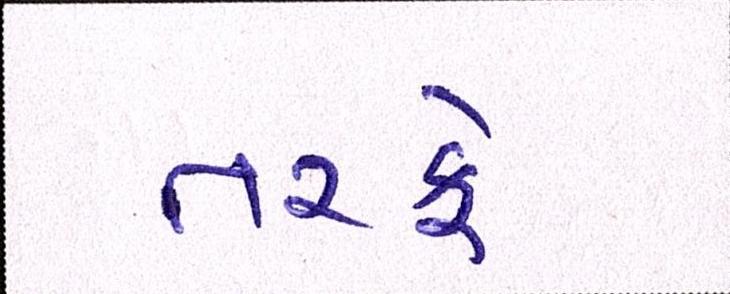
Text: તરફે